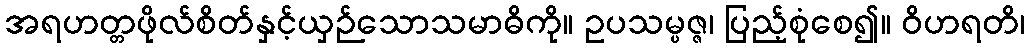
အရဟတ္တဖိုလ်စိတ်နှင့်ယှဉ်သောသမာဓိကို။ ဥပသမ္ပဇ္ဇ၊ ပြည့်စုံစေ၍။ ဝိဟရတိ၊